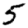
Digit: 5